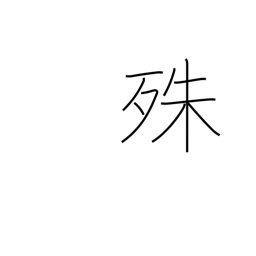
Meaning: particularly